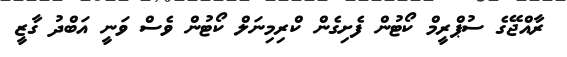
ރާއްޖޭގެ ސުޕްރީމް ކޯޓުން ފެށިގެން ކްރިމިނަލް ކޯޓުން ވެސް ވަނީ އަބްދު ގާޒީ